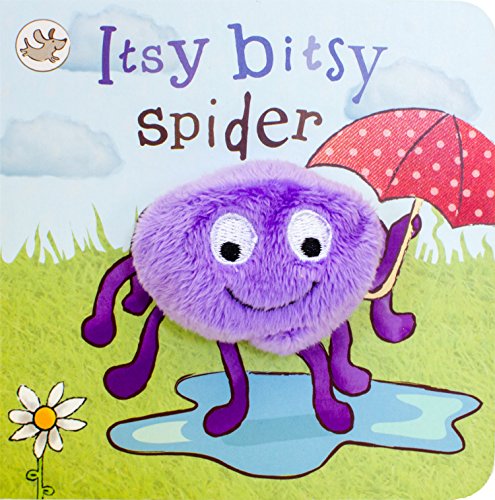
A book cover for The Itsy Bitsy Spider Finger Puppet Book (Little Learners); Parragon Books; Children's Books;